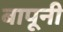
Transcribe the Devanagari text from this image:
बापूनी